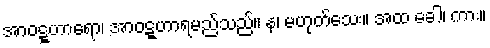
အာဝဋ္ဋဟာရော၊ အာဝဋ္ဋဟာရမည်သည်။ န၊ မဟုတ်သေး။ အထ ခေါ၊ ကား။